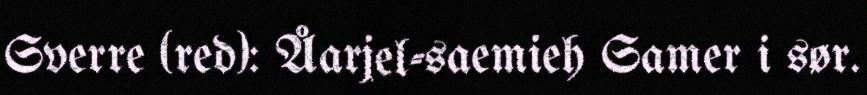
Sverre (red): Åarjel-saemieh Samer i sør.